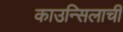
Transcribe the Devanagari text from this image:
काउन्सिलाची